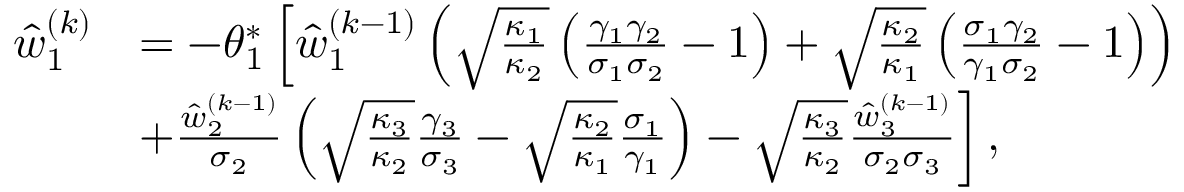
\begin{array} { r l } { \hat { w } _ { 1 } ^ { ( k ) } } & { = - \theta _ { 1 } ^ { * } \left[ \hat { w } _ { 1 } ^ { ( k - 1 ) } \left( \sqrt { \frac { \kappa _ { 1 } } { \kappa _ { 2 } } } \left( \frac { \gamma _ { 1 } \gamma _ { 2 } } { \sigma _ { 1 } \sigma _ { 2 } } - 1 \right) + \sqrt { \frac { \kappa _ { 2 } } { \kappa _ { 1 } } } \left( \frac { \sigma _ { 1 } \gamma _ { 2 } } { \gamma _ { 1 } \sigma _ { 2 } } - 1 \right) \right) \right. } \\ & { \left. \kern - \nulldelimiterspace + \frac { \hat { w } _ { 2 } ^ { ( k - 1 ) } } { \sigma _ { 2 } } \left( \sqrt { \frac { \kappa _ { 3 } } { \kappa _ { 2 } } } \frac { \gamma _ { 3 } } { \sigma _ { 3 } } - \sqrt { \frac { \kappa _ { 2 } } { \kappa _ { 1 } } } \frac { \sigma _ { 1 } } { \gamma _ { 1 } } \right) - \sqrt { \frac { \kappa _ { 3 } } { \kappa _ { 2 } } } \frac { \hat { w } _ { 3 } ^ { ( k - 1 ) } } { \sigma _ { 2 } \sigma _ { 3 } } \right] , } \end{array}